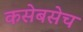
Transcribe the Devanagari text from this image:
कसेबसेच